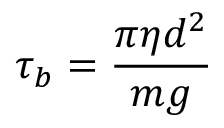
\tau _ { b } = \frac { \pi \eta d ^ { 2 } } { m g }